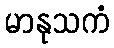
မာနုသကံ